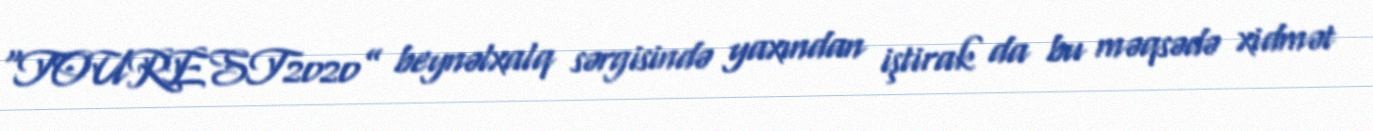
“TOUREST2020” beynəlxalq sərgisində yaxından iştirak da bu məqsədə xidmət